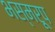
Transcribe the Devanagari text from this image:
भस्मरूप